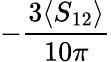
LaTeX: -\frac{3\langle S_{12}\rangle}{10\pi}